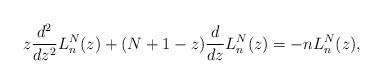
LaTeX: \begin{gather*} z\frac{d^{2}}{dz^{2}}L_{n}^{N}(z) + ( N+1-z ) \frac{d}{dz}L_{n}^{N}(z) =-nL_{n}^{N}(z) ,\end{gather*}